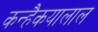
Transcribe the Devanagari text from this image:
कन्हैकयालाल